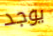
يوجد